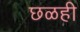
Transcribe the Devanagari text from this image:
छळही